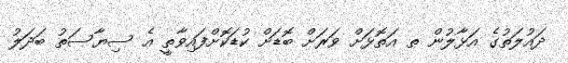
ދައުލަތުގެ އަޅާލުން ތ އަތޮޅަށް ވަރަށް ބޮޑަށް ކުޑަކޮށްފައިވާތީ އެ ސިޔާސަތު ބަދަލު